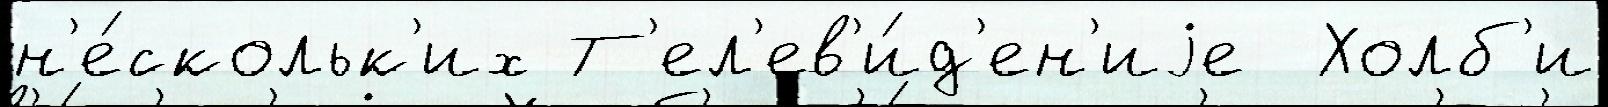
н'е́скольк'их Т'ел'ев'и́д'ен'иjе  Холб'и